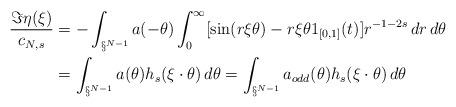
LaTeX: \begin{align*} \frac{\Im \eta(\xi)}{c_{N,s}}&= -\int_{\S^{N-1}}a(-\theta) \int_0^\infty [\sin (r \xi \theta) - r \xi \theta 1_{[0,1]}(t)]r^{-1-2s}\,dr\,d\theta\\&= \int_{\S^{N-1}}a(\theta) h_s(\xi \cdot \theta) \,d\theta = \int_{\S^{N-1}}a_{odd}(\theta) h_s(\xi \cdot \theta) \,d\theta\end{align*}